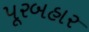
પૂરબહાર